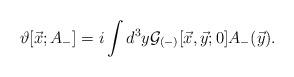
LaTeX: \begin{align*}\vartheta [{\vec x};A_-] = i \int d^3y {\cal G}_{(-)}[\vec{x},\vec{y}; 0] A_-(\vec{y}) .\end{align*}